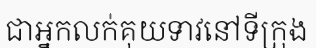
ជាអ្នកលក់គុយទាវនៅទីក្រុង